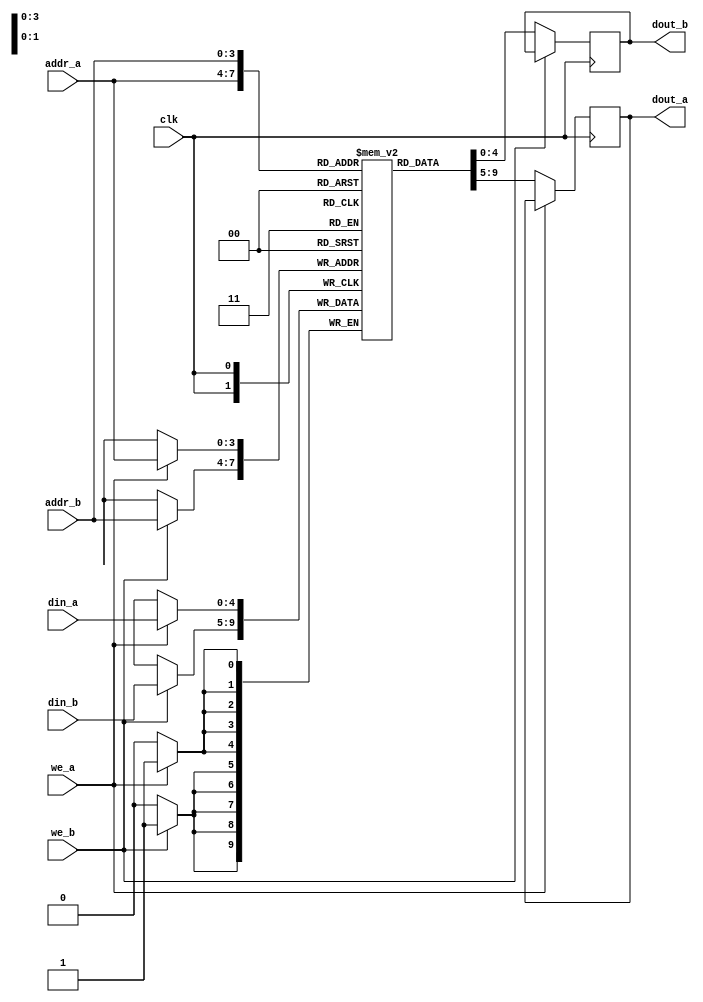
module ram_dp(
input clk,
input [4:0] din_a,
input we_a,
input [3:0] addr_a,
input [4:0] din_b,
input we_b,
input [3:0] addr_b,
output [4:0] dout_a,
output [4:0] dout_b);

reg [4:0] dout_a;
reg [4:0] dout_b;
reg [4:0] ram[15:0];

always@(posedge clk) 
begin
if(we_a)
		ram[addr_a]<=din_a;
	else
		dout_a<= ram[addr_a];
if(we_b)
		ram[addr_b]<=din_b;
	else
		dout_b<= ram[addr_b];
end

endmodule